Report on lock hospitals in British Burma
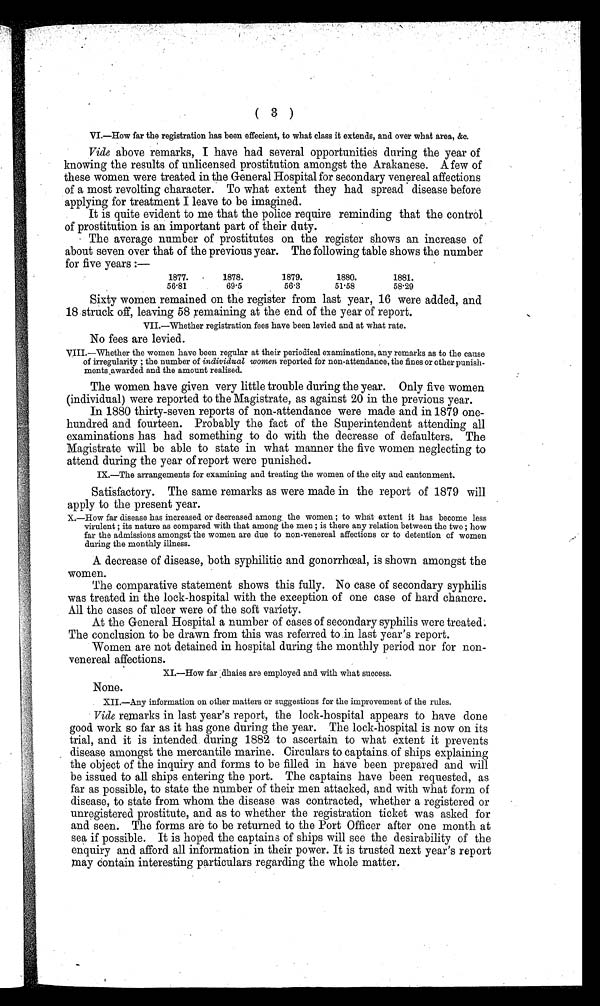
(3)
VI.—How far the registration has been effecient, to what class it extends, and over what area, &c.
Vide above remarks, I have had several opportunities during the year of
knowing the results of unlicensed prostitution amongst the Arakanese. A few of
these women were treated in the General Hospital for secondary venereal affections
of a most revolting character. To what extent they had spread disease before
applying for treatment I leave to be imagined.
It is quite evident to me that the police require reminding that the control
of prostitution is an important part of their duty.
The average number of prostitutes on the register shows an increase of
about seven over that of the previous year. The following table shows the number
for five years :—
1877.
1878.
1879.
1880.
1881.
56.81
69.5
56.3
51.58
58.29
Sixty women remained on the register from last year, 16 were added, and
18 struck off, leaving 58 remaining at the end of the year of report.
VII.—Whether registration fees have been levied and at what rate.
No fees are levied.
VIII.—Whether the women have been regular at their periodical examinations, any remarks as to the cause
of irregularity ; the number of individual women reported for non-attendance, the fines or other punish-
ments awarded and the amount realised.
The women have given very little trouble during the year. Only five women
(individual) were reported to the Magistrate, as against 20 in the previous year.
In 1880 thirty-seven reports of non-attendance were made and in 1879 one-
hundred and fourteen. Probably the fact of the Superintendent attending all
examinations has had something to do with the decrease of defaulters. The
Magistrate will be able to state in what manner the five women neglecting to
attend during the year of report were punished.
IX.—The arrangements for examining and treating the women of the city and cantonment.
Satisfactory. The same remarks as were made in the report of 1879 will
apply to the present year.
X.—How far disease has increased or decreased among . the women ; to what- extent it has become less
virulent ; its nature as compared with that among the men ; is there any relation between the two ; how
far the admissions amongst the women are due to non-venereal affections or to detention of women
during the monthly illness.
A decrease of disease, both syphilitic and gonorrhœal, is shown amongst the
women.
The comparative statement shows this fully. No case of secondary syphilis
was treated in the lock-hospital with the exception of one case of hard chancre.
All the cases of ulcer were of the soft variety.
At the General Hospital a number of cases of secondary syphilis were treated:
The conclusion to be drawn from this was referred to in last year's report.
Women are not detained in hospital during the monthly period nor for non-
venereal affections.
XI.—How far dhaies are employed and with what success.
None.
XII.—Any information on other matters or suggestions for the improvement of the rules.
Vide remarks in last year's report, the lock-hospital appears to have done
good work so far as it has gone during the year. The lock-hospital is now on its
trial, and it is intended during 1882 to ascertain to what extent it prevents
disease amongst the mercantile marine. Circulars to captains of ships explaining
the object of the inquiry and forms to be filled in have been prepared and will
be issued to all ships entering the port. The captains have been requested, as
far as possible, to state the number of their men attacked, and with what form of
disease, to state from whom the disease was contracted, whether a registered or
unregistered prostitute, and as to whether the registration ticket was asked for
and seen. The forms are to be returned to the Port Officer after one month at
sea if possible. It is hoped the captains of ships will see the desirability of the
enquiry and afford all information in their power. It is trusted next year's report
may contain interesting particulars regarding the whole matter.